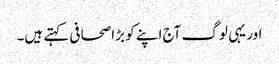
اور یہی لوگ آج اپنے کو بڑا صحافی کہتے ہیں۔